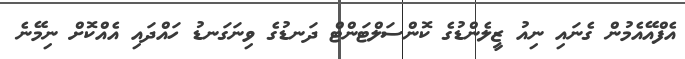
އެފްއޭއެމުން ގެނައި ނިއު ޒީލެންޑުގެ ކޮންސަލްޓަންޓް ދަނޑުގެ ވިނަގަނޑު ހައްދައި އެއްކޮށް ނިމޭނެ